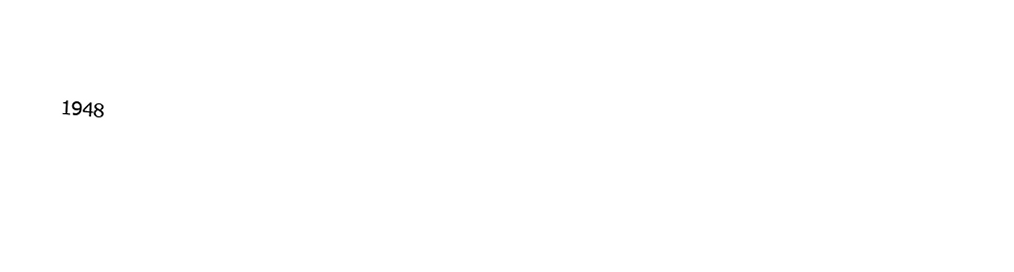

1948